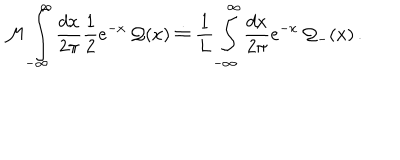
{ \cal M } \displaystyle \int _ { - \infty } ^ { \infty } \displaystyle \frac { d x } { 2 \pi } \displaystyle \frac { 1 } { 2 } e ^ { - x } \, { \cal Q } ( x ) \doteq \displaystyle \frac { 1 } { L } \displaystyle \int _ { - \infty } ^ { \infty } \displaystyle \frac { d x } { 2 \pi } e ^ { - x } \, { \cal Q } _ { - } ( x ) \, .